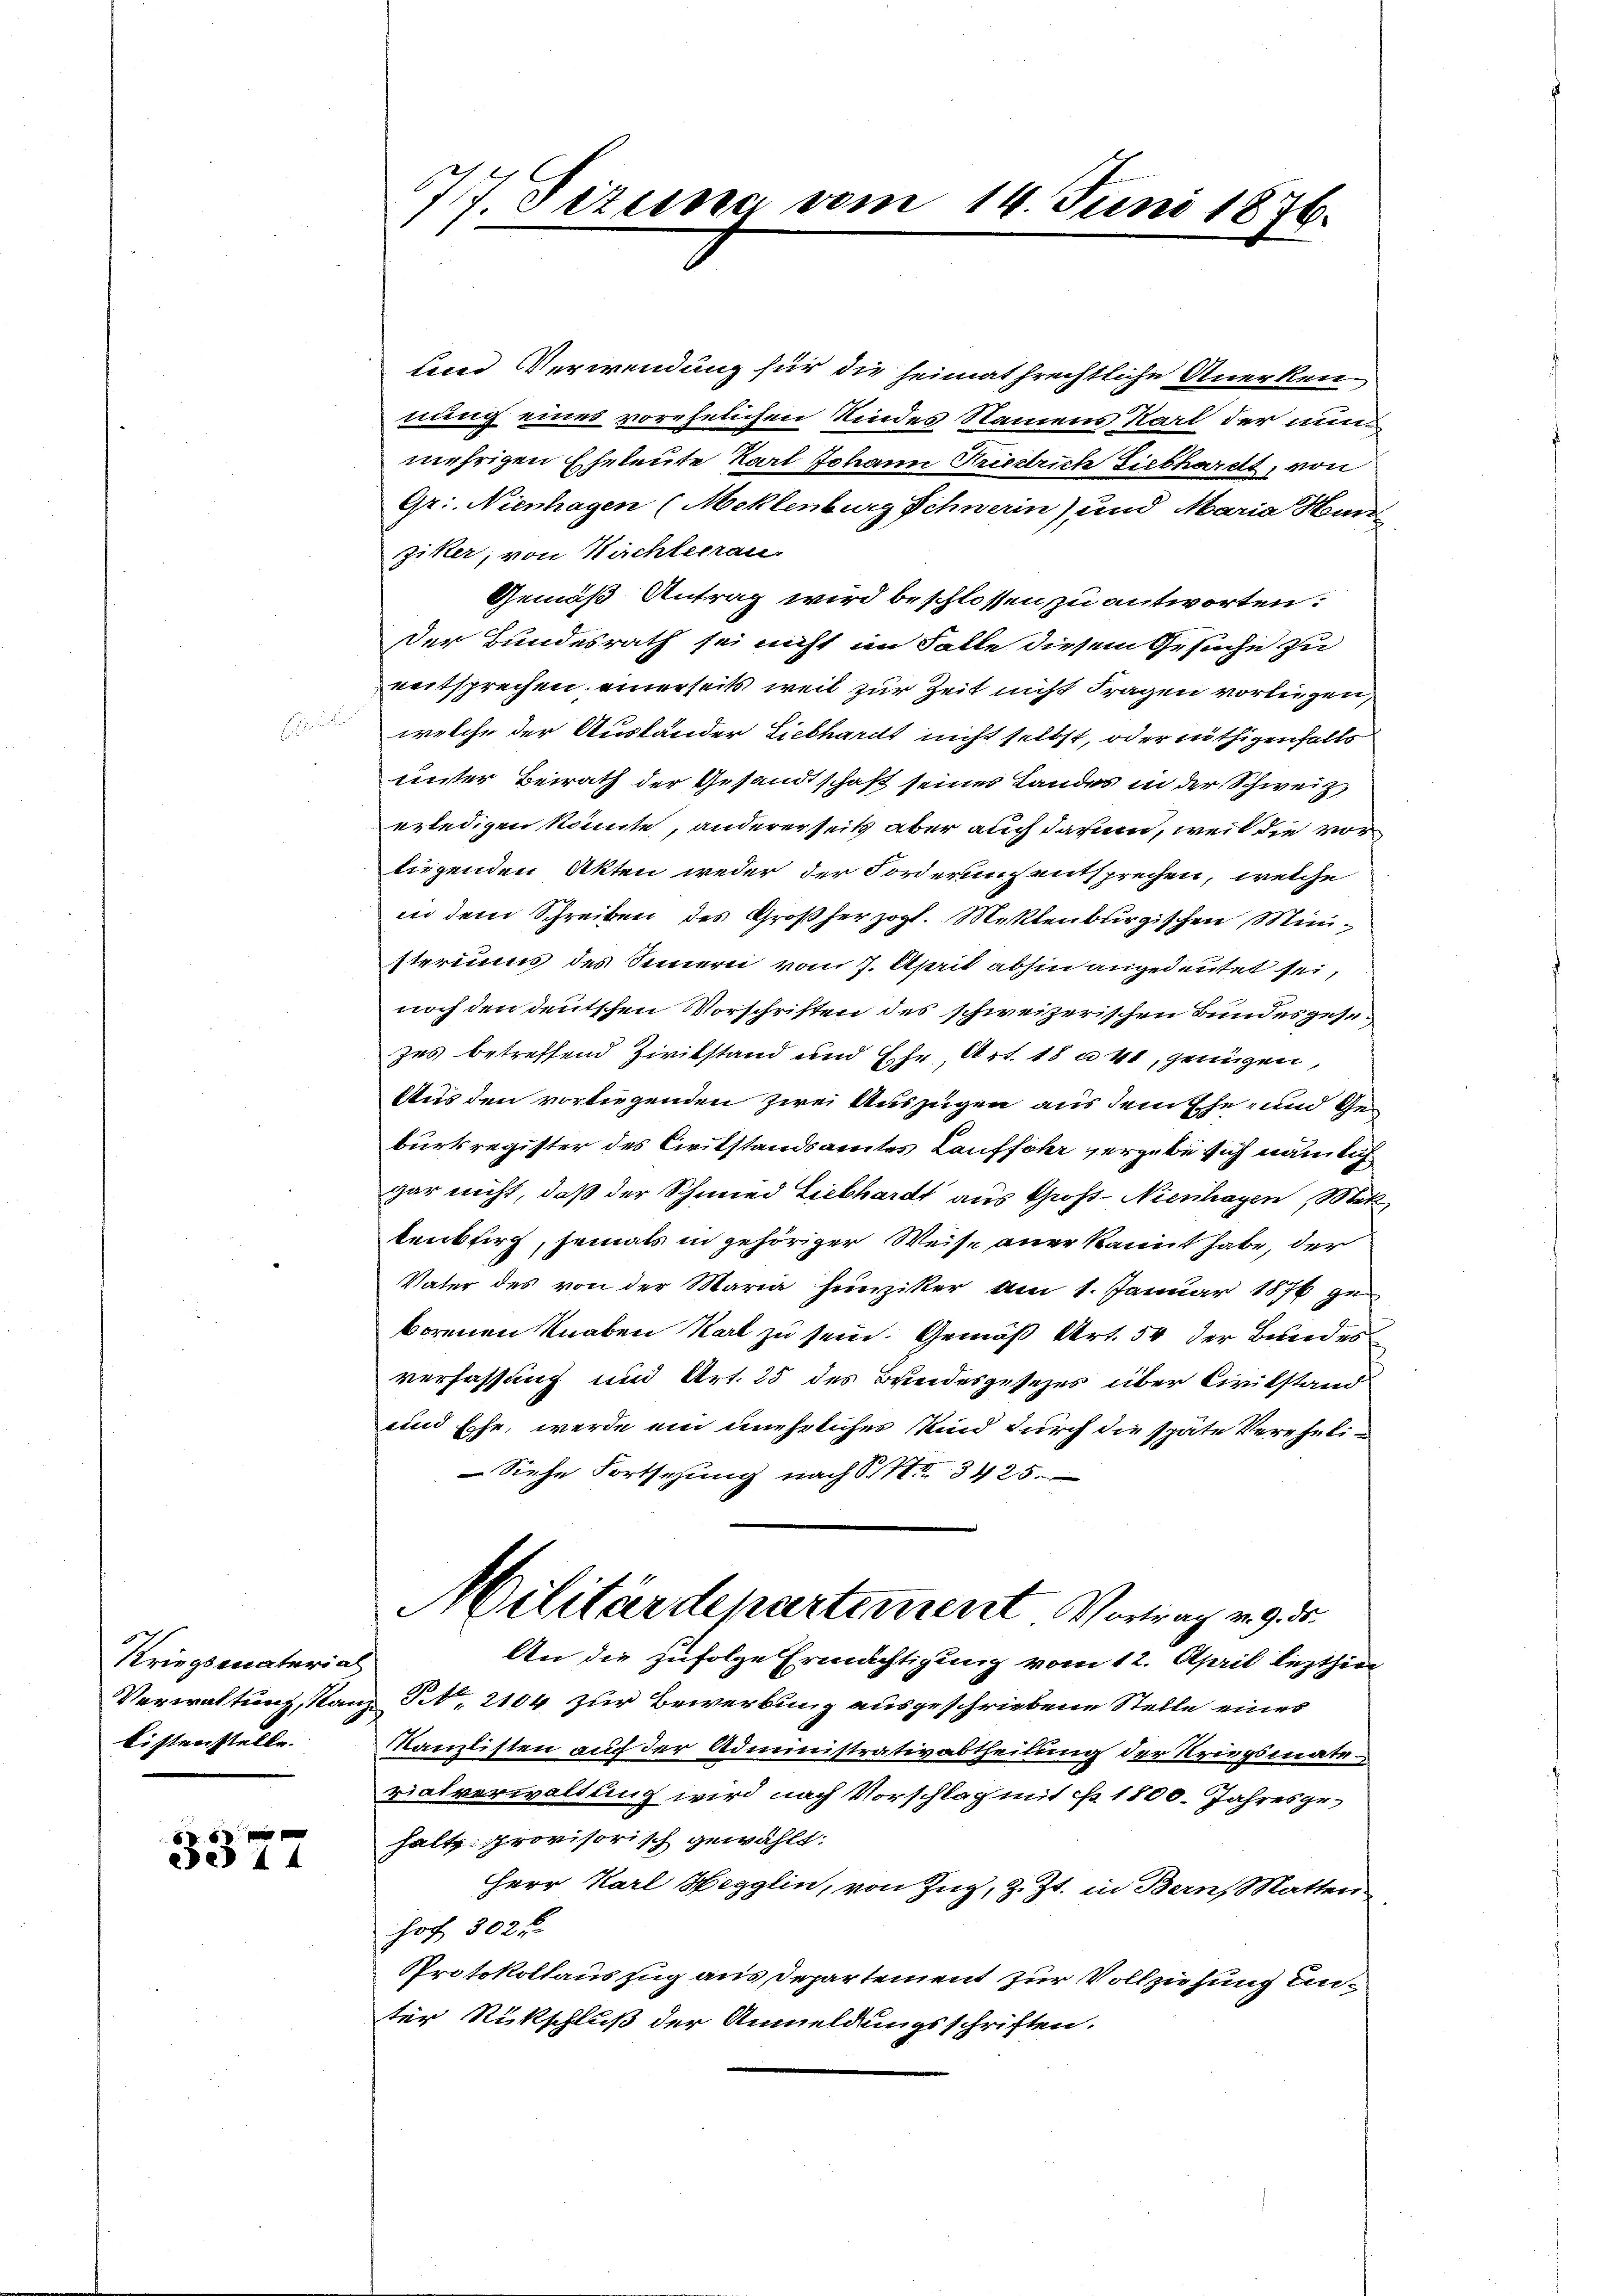
Kriegsmaterial
listenstelle.

5
5327

u

717. Jezere vom

und Verwendung für die heimathrechtliche Anerkennung eines vorehelichen Kindes Namens Karl der nun
mehrigen Eheleute Karl Johann Friedrich Fiebhardt, von
Gr. Nienhagen (Meklenburg Schnerin) und Maria Hun
ziker, von Kirchleerau
Gemäß Antrag wird beschlossen, zu antworten:
Der Bundesrath sei nicht im Falle diesem Gesuche zu
eentsprechen, einerseits weil zur Zeit nicht Fragen vorliegen,
welche der Ausländer Liebhardt nicht selbst, oder nöthigenfalls
unter Beirath der Gesandtschaft seines Landes in der Schweiz,
erledigen könnte, andererseits aber auch darum, weil die vor
liegenden Akten weder der Forderung entsprechen, welche
in dem Schreiben des Großherzogl. Meklenburgischen Ministeriums des Innern vom 7. April abhin angedeutet sei,
noch den deutschen Vorschriften des schweizerischen Bundesgesezes betreffend Zivilstand und Ehe, Art. 18 n 41, genügen,
Aus den vorliegenden zwei Auszügen aus dem Ehe- und Geburkregister des Civitstandsamtes Lauffohr vergebe sich nämlich
gar nicht, daß der Schmied Liebhardt aus Groß-Nienhagen, Met
kenbtirg, jemals in gehöriger Weise aner kannt habe, der
Vater des von der Maria hinziker am 1. Januar 1876 geborenen Knaben Karl zu sein. Gemäß Art. 54 der Bundes
verfassung und Art. 25 des Breidesgesezes über Civilstand
und Ehe, werde ein unehrlicher Kind durch die späte Vereheli¬
Siehe Fortsehung nach S. 3425.
Militärdepartement Vortrag v. 9. ds.
An die zufolge Ermächtigung vom 12. April lezthin
Verwaltung, stanz Tit. 2104 zur Bewerbung ausgeschriebene Stelle eines
Nanzlisten auf der Administrativabtheilung der Kriegsmate
rialverwaltung wird nach Vorschlag mit No. 1800. Jahresgehaltz provisorisch gewählt:
Herr Karl Hegglin, von Zug, z. Zt. in Bern, Matten
hof 302 f
Protokollauszug aus Departement zur Vollziehung unter Rückschluß der Anmeldungsschriften.

14. Juni 1876.